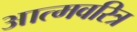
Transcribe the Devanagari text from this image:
आत्मवरित्र